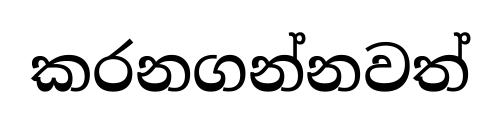
කරනගන්නවත්